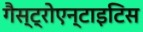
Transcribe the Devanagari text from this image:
गैस्ट्रोएन्टाइटिस